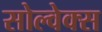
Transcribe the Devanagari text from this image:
सोल्वेक्स